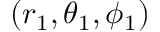
( r _ { 1 } , \theta _ { 1 } , \phi _ { 1 } )